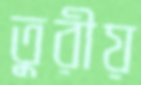
তুরীয়